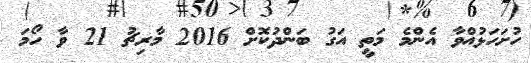
ހުށަހަޅުއްވާ އެންމެ މަތީ އަގު ބަންދުކޮށް 2016 މާރިޗު 21 ވާ ހޯމަ